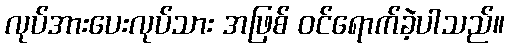
လုပ်အားပေးလုပ်သား အဖြစ် ဝင်ရောက်ခဲ့ပါသည်။